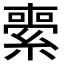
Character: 𦃦